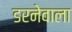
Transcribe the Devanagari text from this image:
डरनेवाला